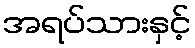
အရပ်သားနှင့်